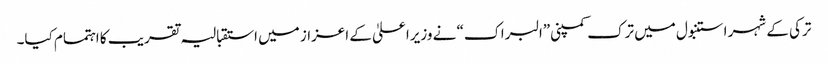
ترکی کے شہر استنبول میں ترک کمپنی”البراک“ نے وزیراعلیٰ کے اعزاز میں استقبالیہ تقریب کا اہتمام کیا۔